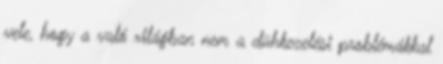
vele, hogy a való világban nem a dühkezelési problémákkal